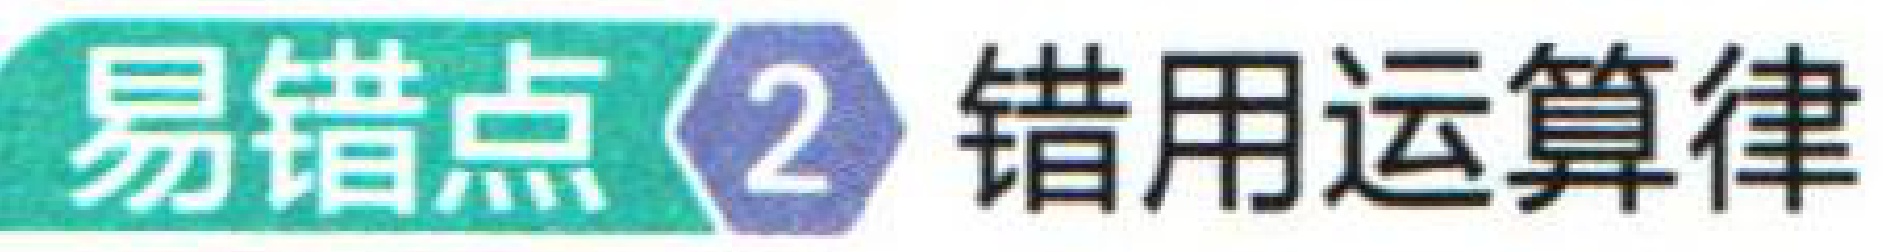
易错点 2 错用运算律